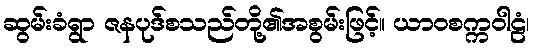
ဆွမ်းခံရွာ ဇနပုဒ်စသည်တို့၏အစွမ်းဖြင့်။ ယာဝစက္ကဝါဠံ၊